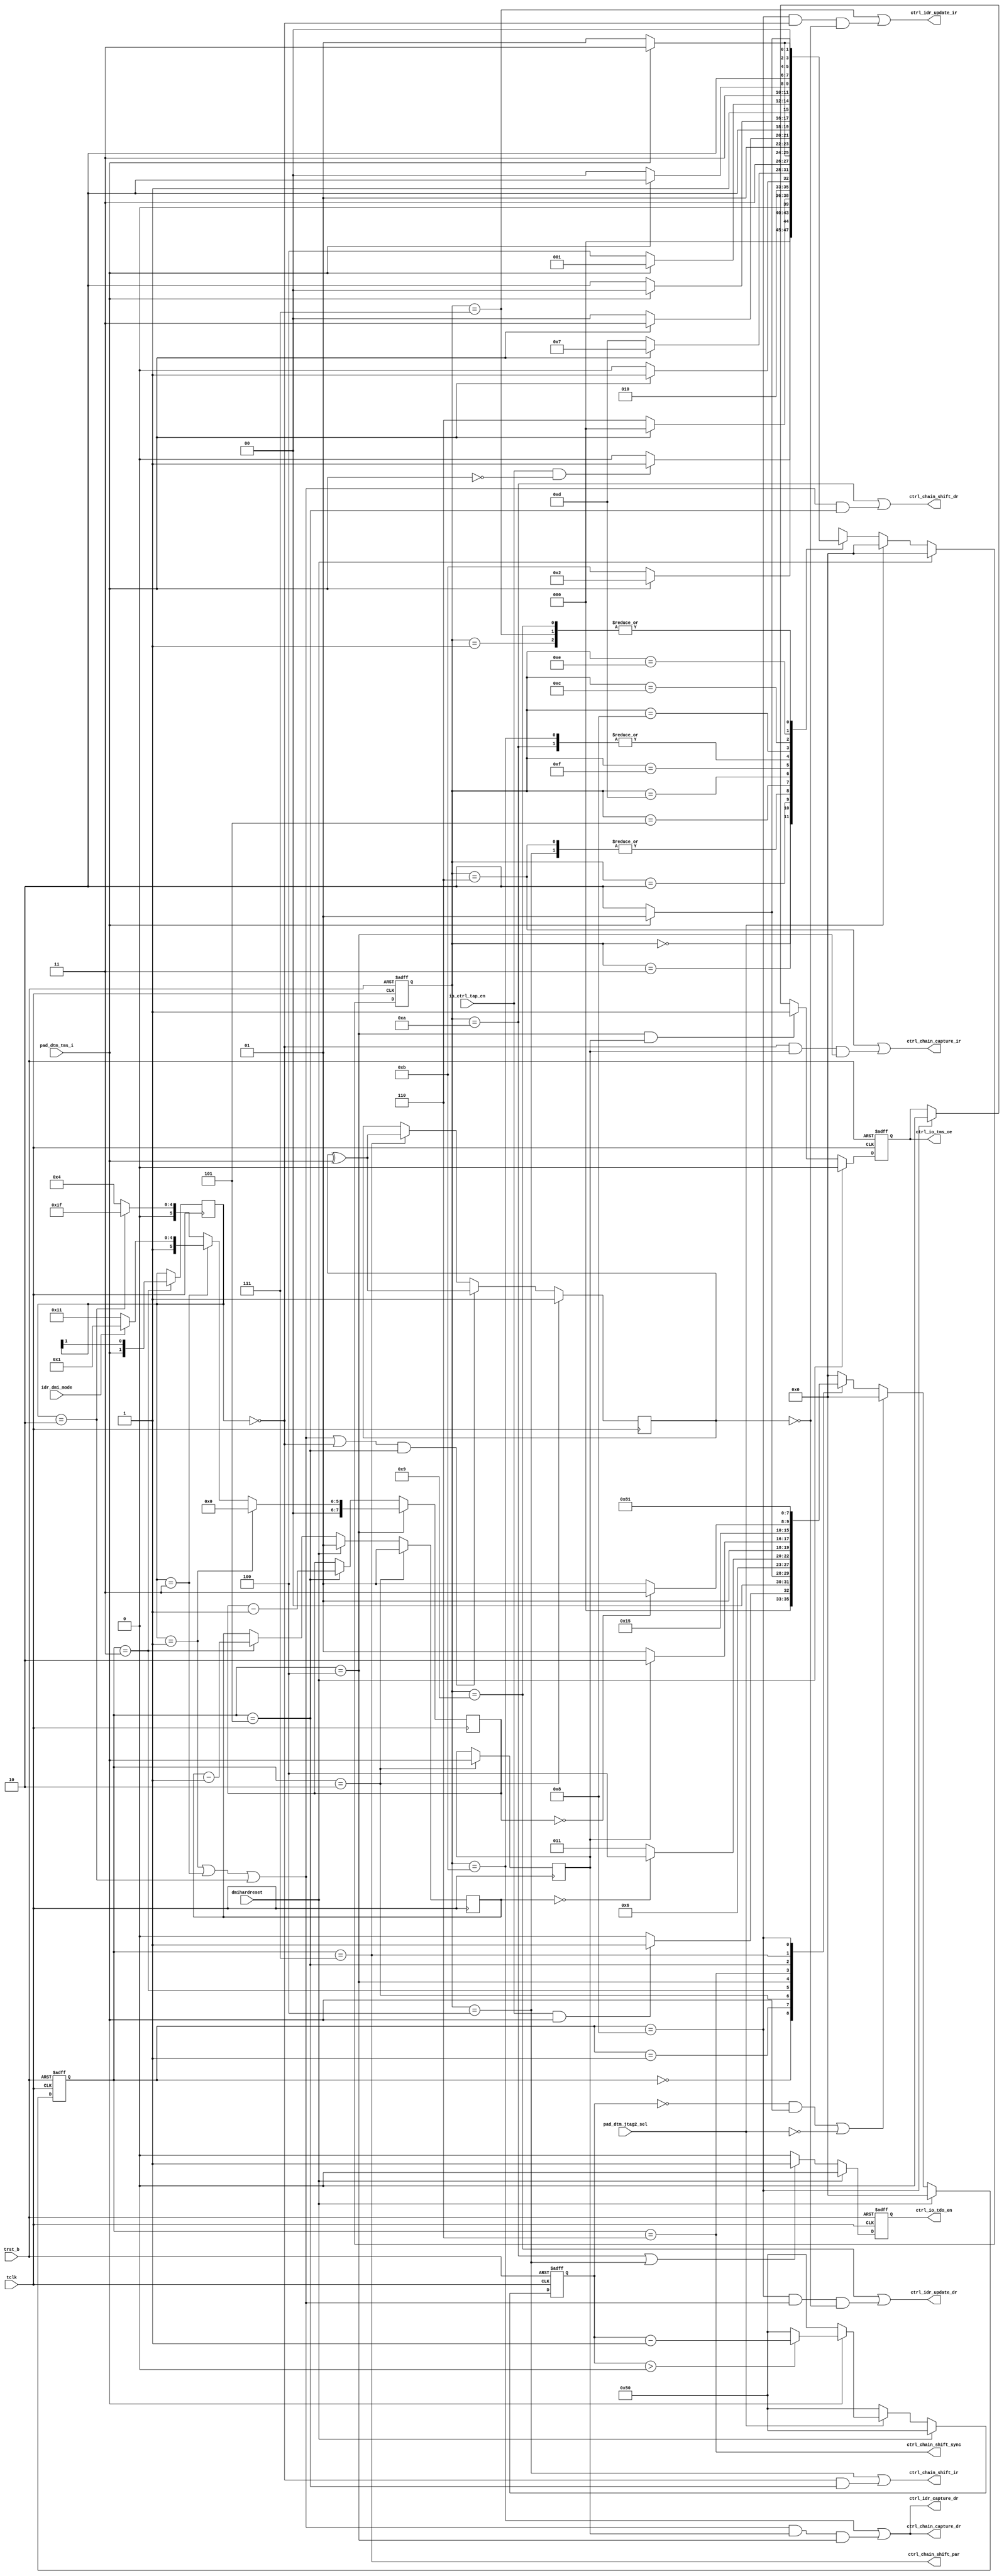
/*Copyright 2020-2021 T-Head Semiconductor Co., Ltd.

Licensed under the Apache License, Version 2.0 (the "License");
you may not use this file except in compliance with the License.
You may obtain a copy of the License at

    http://www.apache.org/licenses/LICENSE-2.0

Unless required by applicable law or agreed to in writing, software
distributed under the License is distributed on an "AS IS" BASIS,
WITHOUT WARRANTIES OR CONDITIONS OF ANY KIND, either express or implied.
See the License for the specific language governing permissions and
limitations under the License.
*/
module tdt_dtm_ctrl #(
    parameter [5:0] DTM_ABITS            = 6'd16,    
    parameter [7:0] DTM_NDMIREG_WIDTH    = 8'd31,//32 - 1
    parameter [7:0] DTM_IRREG_WIDTH      = 8'd4,//5-  1  
    parameter [6:0] DTM_FSM2_RSTCNT      = 7'd80 
)(
    input           tclk,                    
    input           trst_b,
    input           dmihardreset,
    input           io_ctrl_tap_en,            
    input           pad_dtm_jtag2_sel,       
    input           pad_dtm_tms_i,   
    input           idr_dmi_mode,                    
    output          ctrl_io_tdo_en,            
    output          ctrl_io_tms_oe,            
    output          ctrl_chain_capture_dr,   
    output          ctrl_chain_capture_ir,   
    output          ctrl_idr_update_ir,       
    output          ctrl_idr_update_dr,
    output          ctrl_idr_capture_dr,
    output          ctrl_chain_shift_dr,      
    output          ctrl_chain_shift_ir,      
    output          ctrl_chain_shift_par,     
    output          ctrl_chain_shift_sync
);

    localparam [7:0]  DTM_DMIREG_WIDTH     = DTM_ABITS + 8'd2 + 8'd32 -1'b1;    //50 -1
    localparam [7:0]  DTM_DMIREG_ACC_WIDTH = DTM_DMIREG_WIDTH - DTM_ABITS;//50 -1 -16
    localparam [7:0]  DTM_DMIACCREG_WIDTH  = 8'b1;           
    
    reg        [7:0]  fsm2_data_counter;        
    reg               fsm2_parity;              
    reg               fsm2_read_vld;            
    reg        [1:0]  fsm2_rs;                  
    reg        [1:0]  fsm2_rs_counter;          
    reg        [3:0]  tap2_cur_st;             
    reg        [3:0]  tap2_nxt_st;             
    reg        [6:0]  tap2_rst_cnt;            
    reg        [3:0]  tap5_cur_st;             
    reg        [3:0]  tap5_nxt_st;             
    reg               tdo_en;                  
    reg               tms_oe;                  
    
    wire              jtag2_sel;               
    wire              fsm2_capture_dr;   
    wire              fsm2_capture_ir;                 
    wire              fsm2_load_rs;             
    wire              fsm2_load_rw;             
    wire              fsm2_parity_vld;          
    wire              fsm2_rs_had_dr_dmi_sel; 
    wire              fsm2_rs_had_dr_sel;       
    wire              fsm2_rs_had_dr_ndmi_sel;          
    wire              fsm2_rs_had_ir_sel;       
    wire              fsm2_shift_dr;            
    wire              fsm2_shift_ir;            
    wire              fsm2_shift_vld;           
    wire              fsm2_start_vld;           
    wire              fsm2_sync_vld;            
    wire              fsm2_trn1;                
    wire              fsm2_trn2;                
    wire              fsm2_update_dr;           
    wire              fsm2_update_ir;           
    wire              fsm2_update_vld;          
    wire              fsm5_capture_dr;    
    wire              fsm5_capture_ir;                
    wire              fsm5_shift_dr;            
    wire              fsm5_shift_ir;            
    wire              fsm5_update_dr;           
    wire              fsm5_update_ir;           
    wire              fsm2_rs_had_dr_dmiacc_sel;
    wire              tap2_rst_vld;
    wire              tms_i;
    assign tms_i = pad_dtm_tms_i;
    assign jtag2_sel = pad_dtm_jtag2_sel;
    
    //==============================================================================
    //                    TAP5 controller state machine
    //==============================================================================
    localparam TAP5_RESET          = 4'b0000;
    localparam TAP5_IDLE           = 4'b0001;
    localparam TAP5_SELECT_DR_SCAN = 4'b0011;
    localparam TAP5_SELECT_IR_SCAN = 4'b0010;
    localparam TAP5_CAPTURE_IR     = 4'b0110;
    localparam TAP5_SHIFT_IR       = 4'b0100;
    localparam TAP5_EXIT1_IR       = 4'b0101;
    localparam TAP5_UPDATE_IR      = 4'b0111;
    localparam TAP5_CAPTURE_DR     = 4'b1011;
    localparam TAP5_SHIFT_DR       = 4'b1010;
    localparam TAP5_EXIT1_DR       = 4'b1000;
    localparam TAP5_UPDATE_DR      = 4'b1001;
    localparam TAP5_PAUSE_IR       = 4'b1101;
    localparam TAP5_EXIT2_IR       = 4'b1111;
    localparam TAP5_PAUSE_DR       = 4'b1100;
    localparam TAP5_EXIT2_DR       = 4'b1110;
    
    always @ (posedge tclk or negedge trst_b) begin
        if (!trst_b)
            tap5_cur_st[3:0] <= TAP5_RESET;
        else if (dmihardreset)
            tap5_cur_st[3:0] <= TAP5_RESET;
        else if (jtag2_sel)
            tap5_cur_st[3:0] <= TAP5_RESET;
        else 
            tap5_cur_st[3:0] <= tap5_nxt_st[3:0];
    end
    
    always @ (tap5_cur_st[3:0] or
              io_ctrl_tap_en or
              tms_i) begin
        case(tap5_cur_st[3:0])
            TAP5_RESET:
                if (io_ctrl_tap_en && !tms_i)
                    tap5_nxt_st[3:0] = TAP5_IDLE;
                else
                    tap5_nxt_st[3:0] = TAP5_RESET;
            TAP5_IDLE:
                if (tms_i)      
                    tap5_nxt_st[3:0] = TAP5_SELECT_DR_SCAN;
                else
                    tap5_nxt_st[3:0] = TAP5_IDLE;
            TAP5_SELECT_DR_SCAN:
                if (tms_i)
                    tap5_nxt_st[3:0] = TAP5_SELECT_IR_SCAN;
                else
                    tap5_nxt_st[3:0] = TAP5_CAPTURE_DR;
            TAP5_SELECT_IR_SCAN:
                if (!tms_i)
                    tap5_nxt_st[3:0] = TAP5_CAPTURE_IR;
                else
                    tap5_nxt_st[3:0] = TAP5_RESET;
            TAP5_CAPTURE_IR:
                if (!tms_i)
                    tap5_nxt_st[3:0] = TAP5_SHIFT_IR;
                else
                    tap5_nxt_st[3:0] = TAP5_EXIT1_IR;
            TAP5_SHIFT_IR: 
                if (tms_i)
                    tap5_nxt_st[3:0] = TAP5_EXIT1_IR;
                else
                    tap5_nxt_st[3:0] = TAP5_SHIFT_IR;
            TAP5_EXIT1_IR:
                if (tms_i)
                    tap5_nxt_st[3:0] = TAP5_UPDATE_IR;
                else
                    tap5_nxt_st[3:0] = TAP5_PAUSE_IR;
            TAP5_PAUSE_IR:
                if (tms_i)
                    tap5_nxt_st[3:0] = TAP5_EXIT2_IR;
                else
                    tap5_nxt_st[3:0] = TAP5_PAUSE_IR;
            TAP5_EXIT2_IR:
                if (tms_i)
                    tap5_nxt_st[3:0] = TAP5_UPDATE_IR;
                else
                    tap5_nxt_st[3:0] = TAP5_SHIFT_IR;
            TAP5_UPDATE_IR:
                if (tms_i)
                    tap5_nxt_st[3:0] = TAP5_SELECT_DR_SCAN;
                else
                    tap5_nxt_st[3:0] = TAP5_IDLE;
            TAP5_CAPTURE_DR: 
                if (!tms_i)
                    tap5_nxt_st[3:0] = TAP5_SHIFT_DR;
                else
                    tap5_nxt_st[3:0] = TAP5_EXIT1_DR;
            TAP5_SHIFT_DR:
                if (tms_i)
                    tap5_nxt_st[3:0] = TAP5_EXIT1_DR;
                else
                    tap5_nxt_st[3:0] = TAP5_SHIFT_DR;
            TAP5_EXIT1_DR:
                if (!tms_i)
                    tap5_nxt_st[3:0] = TAP5_PAUSE_DR;
                else
                    tap5_nxt_st[3:0] = TAP5_UPDATE_DR;
            TAP5_PAUSE_DR:
                if (tms_i)
                    tap5_nxt_st[3:0] = TAP5_EXIT2_DR;
                else
                    tap5_nxt_st[3:0] = TAP5_PAUSE_DR;
            TAP5_EXIT2_DR:
                if (tms_i)
                    tap5_nxt_st[3:0] = TAP5_UPDATE_DR;
                else
                    tap5_nxt_st[3:0] = TAP5_SHIFT_DR;
            TAP5_UPDATE_DR:
                if (tms_i)
                    tap5_nxt_st[3:0] = TAP5_SELECT_DR_SCAN;
                else
                    tap5_nxt_st[3:0] = TAP5_IDLE;
            default:
                tap5_nxt_st[3:0] = TAP5_RESET;
        endcase
    end
    
    //=============================================
    // TAP5 status
    //=============================================
    assign fsm5_shift_ir   = (tap5_cur_st[3:0] == TAP5_SHIFT_IR);
    assign fsm5_update_ir  = (tap5_cur_st[3:0] == TAP5_UPDATE_IR);
    assign fsm5_shift_dr   = (tap5_cur_st[3:0] == TAP5_SHIFT_DR);
    assign fsm5_update_dr  = (tap5_cur_st[3:0] == TAP5_UPDATE_DR);
    assign fsm5_capture_dr = (tap5_cur_st[3:0] == TAP5_CAPTURE_DR);
    assign fsm5_capture_ir = (tap5_cur_st[3:0] == TAP5_CAPTURE_IR);

    //=============================================
    // TDO output enable in JTAG_5 interafce
    //=============================================
    always @ (negedge tclk or negedge trst_b) begin
        if (!trst_b)
            tdo_en <= 1'b0;
        else if (dmihardreset)
            tdo_en <= 1'b0;
        else if (fsm5_shift_dr || fsm5_shift_ir)
            tdo_en <= 1'b1;
        else
            tdo_en <= 1'b0;
    end
    
    assign ctrl_io_tdo_en = tdo_en;
    
    //==============================================================================
    //                    TAP2 controller state machine
    //==============================================================================
    parameter TAP2_RESET  = 4'b0000;
    parameter TAP2_START  = 4'b0001;
    parameter TAP2_RW     = 4'b0010;
    parameter TAP2_RS     = 4'b0011;
    parameter TAP2_TRN1   = 4'b0100;
    parameter TAP2_DATA   = 4'b0101;
    parameter TAP2_SYNC   = 4'b0110; 
    parameter TAP2_PARITY = 4'b0111;
    parameter TAP2_TRN2   = 4'b1000;
    
    always @ (posedge tclk or negedge trst_b) begin
        if (!trst_b)
            tap2_cur_st[3:0] <= TAP2_RESET;
        else if (dmihardreset)
            tap2_cur_st[3:0] <= TAP2_RESET;
        else if ((tap2_rst_vld && tms_i) || (!jtag2_sel))
            tap2_cur_st[3:0] <= TAP2_RESET;
        else
            tap2_cur_st[3:0] <= tap2_nxt_st[3:0];
    end
    
    //========================================
    // counter is counting dowwn when
    // TMS id high and TCLK is valid
    //========================================
    always @ (posedge tclk or negedge trst_b) begin
        if (!trst_b)
            tap2_rst_cnt[6:0] <= DTM_FSM2_RSTCNT;
        else if (dmihardreset)
            tap2_rst_cnt[6:0] <= DTM_FSM2_RSTCNT;
        else if (!jtag2_sel)
            tap2_rst_cnt[6:0] <= DTM_FSM2_RSTCNT;
        else if (!tms_i)
            tap2_rst_cnt[6:0] <= DTM_FSM2_RSTCNT;
        else if (tap2_rst_cnt[6:0] > 7'd0)
            tap2_rst_cnt[6:0] <= tap2_rst_cnt[6:0] - 7'd1;
        else
            tap2_rst_cnt[6:0] <= DTM_FSM2_RSTCNT;
    end
    
    assign tap2_rst_vld = (tap2_rst_cnt[6:0] == 7'd00);
    
    always @ (tap2_cur_st[3:0] or
              io_ctrl_tap_en or
              tms_i or
              fsm2_rs_counter[1:0] or
              fsm2_read_vld or
              fsm2_data_counter[7:0]
              ) begin
        case (tap2_cur_st[3:0])
            TAP2_RESET : begin
                if (io_ctrl_tap_en && tms_i) 
                    tap2_nxt_st[3:0] = TAP2_START;
                else 
                    tap2_nxt_st[3:0] = TAP2_RESET;
            end
    
            TAP2_START : begin // wait for START bit (tms = 0)
                if (!tms_i) // sample START bit, logic 0
                    tap2_nxt_st[3:0] = TAP2_RW;
                else
                    tap2_nxt_st[3:0] = TAP2_START;
            end
    
            TAP2_RW : begin  // RnW bit, 1=Read Op, 0=Write Op
                tap2_nxt_st[3:0] = TAP2_RS;
            end
    
            TAP2_RS : begin // RS[1:0] - Register Group Select
                if (fsm2_rs_counter[1:0] == 2'd0)
                    tap2_nxt_st[3:0] = TAP2_TRN1;
                else
                    tap2_nxt_st[3:0] = TAP2_RS;
            end
    
            TAP2_TRN1 : begin // Turn Around 1
                if (fsm2_read_vld)  // Read operation need a sync cycle
                    tap2_nxt_st[3:0] = TAP2_SYNC;
                else               // write operation
                    tap2_nxt_st[3:0] = TAP2_DATA;
            end
    
            TAP2_SYNC : begin
                tap2_nxt_st[3:0] = TAP2_DATA;
            end
    
            TAP2_DATA : begin // IR or DR, Sample or Set
                if (fsm2_data_counter[7:0] == 8'd0)
                    tap2_nxt_st[3:0] = TAP2_PARITY;
                else
                    tap2_nxt_st[3:0] = TAP2_DATA;
            end
    
            TAP2_PARITY : begin
                tap2_nxt_st[3:0] = TAP2_TRN2;
            end
    
            TAP2_TRN2 : begin
                tap2_nxt_st[3:0] = TAP2_START;
            end
            default : begin
                tap2_nxt_st[3:0] = TAP2_RESET;
            end
        endcase
    end
    
    assign fsm2_start_vld  = (tap2_cur_st[3:0] == TAP2_RW);
    assign fsm2_load_rw    = (tap2_cur_st[3:0] == TAP2_RW);
    assign fsm2_load_rs    = (tap2_cur_st[3:0] == TAP2_RS);
    assign fsm2_trn1       = (tap2_cur_st[3:0] == TAP2_TRN1);
    assign fsm2_trn2       = (tap2_cur_st[3:0] == TAP2_TRN2);
    assign fsm2_shift_vld  = (tap2_cur_st[3:0] == TAP2_DATA);
    assign fsm2_update_vld = (tap2_cur_st[3:0] == TAP2_TRN2);
    assign fsm2_parity_vld = (tap2_cur_st[3:0] == TAP2_PARITY);
    assign fsm2_sync_vld   = (tap2_cur_st[3:0] == TAP2_SYNC);
    
    //=========================================
    // load the RW
    //=========================================
    always @ (posedge tclk) begin
        if (fsm2_load_rw)
            fsm2_read_vld <= tms_i;
    end
    
    //===========================================
    // load the RS[1:0]
    //===========================================
    always @ (posedge tclk) begin
        if (fsm2_start_vld)
            fsm2_rs_counter[1:0] <= 2'd1;
        else if (dmihardreset)
            fsm2_rs_counter[1:0] <= 2'd1;
        else if (fsm2_load_rs) 
            fsm2_rs_counter[1:0] <= fsm2_rs_counter[1:0] - 2'd1;
        else
            fsm2_rs_counter[1:0] <= fsm2_rs_counter[1:0];
    end
    
    always @ (posedge tclk) begin
        if (fsm2_load_rs)
            fsm2_rs[1:0] <= {tms_i, fsm2_rs[1]};
        else
            fsm2_rs[1:0] <= fsm2_rs[1:0];
    end
    
    assign fsm2_rs_had_ir_sel        = fsm2_rs[1:0] == 2'b00;   //IR
    assign fsm2_rs_had_dr_dmiacc_sel = fsm2_rs[1:0] == 2'b01;   //DMI_ACC
    assign fsm2_rs_had_dr_dmi_sel    = fsm2_rs[1:0] == 2'b11;   //DMI
    assign fsm2_rs_had_dr_ndmi_sel   = fsm2_rs[1:0] == 2'b10;   //OTHER DR
    assign fsm2_rs_had_dr_sel        = fsm2_rs_had_dr_dmiacc_sel || fsm2_rs_had_dr_dmi_sel || fsm2_rs_had_dr_ndmi_sel;
    //===========================================
    // intialize DATA shift length
    //===========================================
    always @ (posedge tclk) begin
        if (fsm2_trn1) begin
            if (fsm2_rs_had_dr_dmiacc_sel)
                fsm2_data_counter[7:0] <= 8'b0; //DTM_DMIACCREG_WIDTH - 1'b1
            else if (fsm2_rs_had_dr_dmi_sel) begin
                if (idr_dmi_mode)
                    fsm2_data_counter[7:0] <= DTM_DMIREG_ACC_WIDTH; //34 - 1, to fix lint
                else 
                    fsm2_data_counter[7:0] <= DTM_DMIREG_WIDTH; //50 - 1, to fix lint
            end else if (fsm2_rs_had_dr_ndmi_sel)
                fsm2_data_counter[7:0] <= DTM_NDMIREG_WIDTH;//32 - 1, to fix lint
            else
                fsm2_data_counter[7:0] <= DTM_IRREG_WIDTH;//5 - 1, to fix lint
        end
        else if (fsm2_shift_vld)
            fsm2_data_counter[7:0] <= fsm2_data_counter[7:0] - 8'd1;
    end
    
    //================================================
    // TMS output Enable
    //================================================
    always @ (posedge tclk or negedge trst_b) begin
        if (!trst_b)
            tms_oe <= 1'b0; // default is input
        else if (dmihardreset)
            tms_oe <= 1'b0; // default is input
        else if (fsm2_trn1 && fsm2_read_vld)
            tms_oe <= 1'b1;
        else if (fsm2_trn2)
            tms_oe <= 1'b0;
        else
            tms_oe <= tms_oe;
    end
    
    assign ctrl_io_tms_oe = tms_oe;
    
    //================================================
    // Parity Check
    //================================================
    always @ (posedge tclk) begin
        if (fsm2_start_vld)
            fsm2_parity <= 1'b1;
        else if ((fsm2_rs_had_dr_sel || fsm2_rs_had_ir_sel) && fsm2_shift_vld)
            fsm2_parity <= fsm2_parity ^ tms_i; // calculate the parity bit
        else if (fsm2_parity_vld)
            fsm2_parity <= fsm2_parity ^ tms_i; // check received parity bit
        else
            fsm2_parity <= fsm2_parity;
    end
    
    assign fsm2_shift_ir   = fsm2_rs_had_ir_sel && fsm2_shift_vld;
    assign fsm2_shift_dr   = fsm2_rs_had_dr_sel && fsm2_shift_vld;
    assign fsm2_capture_dr = fsm2_rs_had_dr_sel && fsm2_read_vld && fsm2_trn1;
    assign fsm2_capture_ir = fsm2_rs_had_ir_sel && fsm2_read_vld && fsm2_trn1;
    assign fsm2_update_ir  = fsm2_update_vld && fsm2_rs_had_ir_sel && (!fsm2_parity);
    assign fsm2_update_dr  = fsm2_update_vld && fsm2_rs_had_dr_sel && (!fsm2_parity);
    
    assign ctrl_chain_shift_ir   = fsm5_shift_ir || fsm2_shift_ir;
    assign ctrl_chain_shift_dr   = fsm5_shift_dr || fsm2_shift_dr;
    assign ctrl_chain_capture_dr = fsm5_capture_dr || fsm2_capture_dr;
    assign ctrl_chain_capture_ir = fsm5_capture_ir || fsm2_capture_ir;
    assign ctrl_chain_shift_par  = fsm2_parity_vld;
    assign ctrl_chain_shift_sync = fsm2_sync_vld;
    assign ctrl_idr_update_ir    = fsm5_update_ir || fsm2_update_ir;
    assign ctrl_idr_update_dr    = fsm5_update_dr || fsm2_update_dr;
    assign ctrl_idr_capture_dr   = fsm5_capture_dr || fsm2_capture_dr;

endmodule